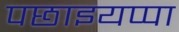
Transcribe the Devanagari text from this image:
पछाइयप्पा